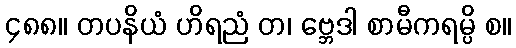
၄၈၈။ တပနိယံ ဟိရညံ တ၊ ဗ္ဘေဒါ စာမီကရမ္ပိ စ။